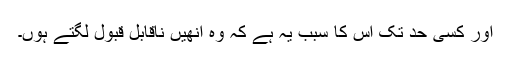
اور کسی حد تک اس کا سبب یہ ہے کہ وہ اُنھیں ناقابل قبول لگتے ہوں۔